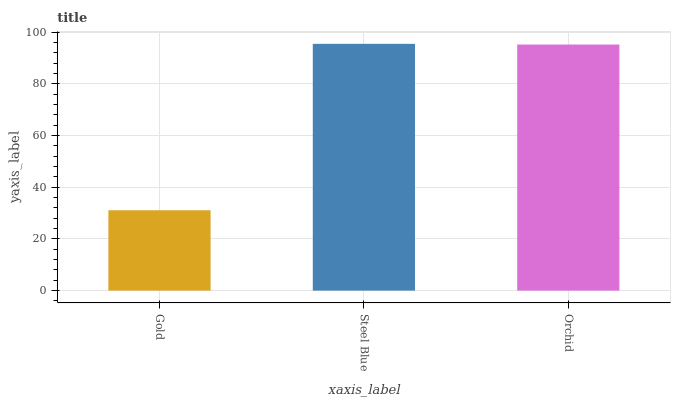
| xaxis_label | bars |
 | --- | --- |
 | Gold | 31.1 |
 | Steel Blue | 95.5 |
 | Orchid | 95.2 |